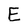
Character: E